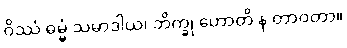
ဝိဿံ ဓမ္မံ သမာဒါယ၊ ဘိက္ခု ဟောတိ န တာဝတာ။